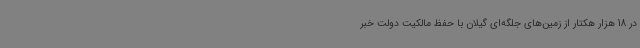
در 18 هزار هکتار از زمین‌های جلگه‌ای گیلان با حفظ مالکیت دولت خبر